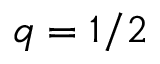
q = 1 / 2